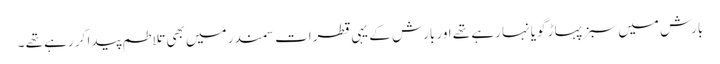
بارش میں سبز پہاڑ گویا نہا رہے تھے اور بارش کے یہی قطرات سمندر میں بھی تلاطم پیدا کر رہے تھے ۔